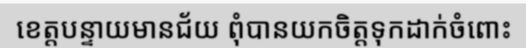
ខេត្តបន្ទាយមានជ័យ ពុំបានយកចិត្តទុកដាក់ចំពោះ